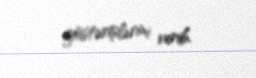
göstərişlərini verib.